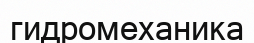
гидромеханика